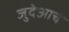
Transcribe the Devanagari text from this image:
जुदेआचे